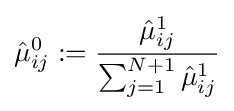
{\hat {\mu }}_{ij}^{0}:={\frac {{\hat {\mu }}_{ij}^{1}}{\sum _{j=1}^{N+1}{\hat {\mu }}_{ij}^{1}}}